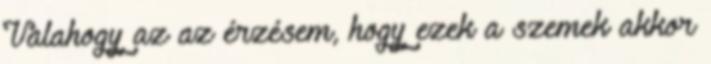
Valahogy az az érzésem, hogy ezek a szemek akkor